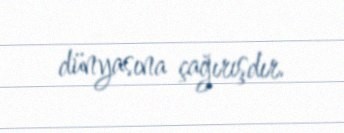
dünyasına çağırışdır.